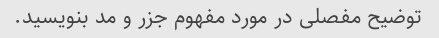
توضیح مفصلی در مورد مفهوم جزر و مد بنویسید.